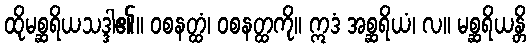
ထိုမစ္ဆရိယသဒ္ဒါ၏။ ဝစနတ္ထံ၊ ဝစနတ္ထကို။ ဣဒံ အစ္ဆရိယံ၊ လ။ မစ္ဆရိယန္တိ